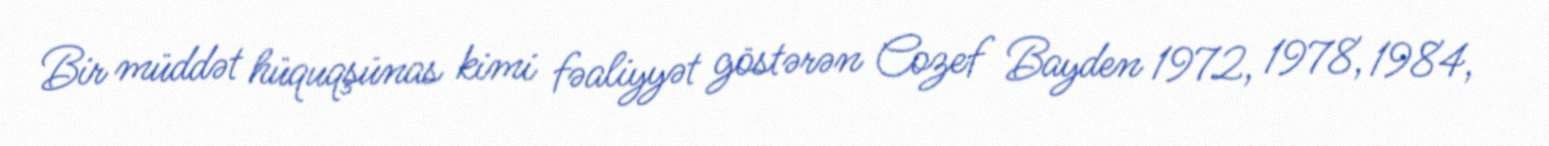
Bir müddət hüquqşünas kimi fəaliyyət göstərən Cozef Bayden 1972, 1978, 1984,